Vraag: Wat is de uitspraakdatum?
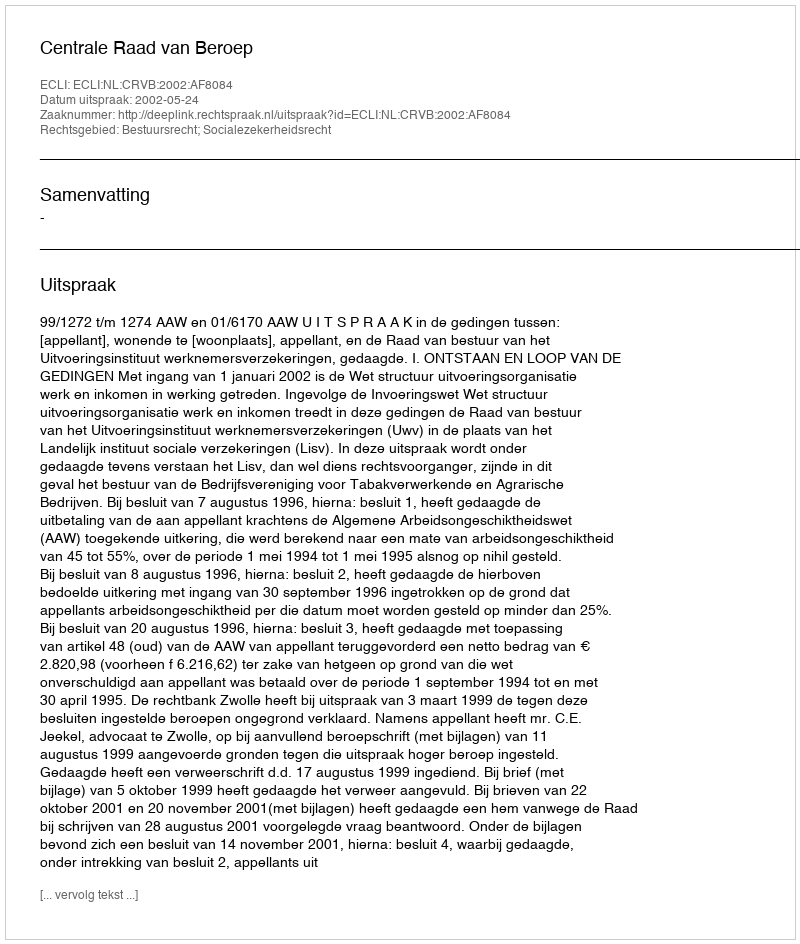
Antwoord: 2002-05-24